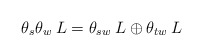
\begin{align*} \theta_s\theta_w \:L = \theta_{sw} \:L \oplus \theta_{tw}\: L \end{align*}